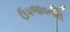
ઉપજાવનારી